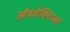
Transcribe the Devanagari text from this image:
ओब्जेक्टिव्स